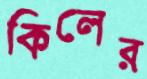
কিলের